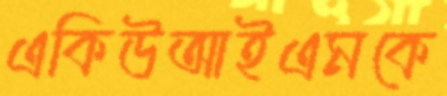
একিউআইএমকে